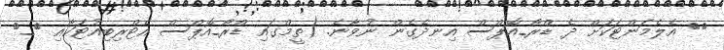
<> އެލެމަންޓަކަށް ދެ ޑްރޯ_އޮޕްސް އިނދެގެން ނުވާނެ. (ތީމްގައި ޑްރޯ_އޮޕްސް އެޓްރިބިއުޓަކާއި <_>